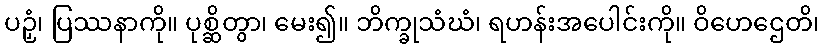
ပဉှံ၊ ပြဿနာကို။ ပုစ္ဆိတွာ၊ မေး၍။ ဘိက္ခုသံဃံ၊ ရဟန်းအပေါင်းကို။ ဝိဟေဌေတိ၊